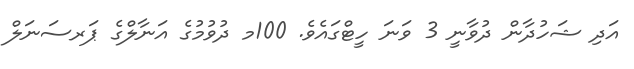
އަދި ޝަހުދާން ދުވާނީ 3 ވަނަަ ހީޓްގައެވެ. 100މ ދުވުމުގެ އަނާލްގެ ޕަރސަނަލް